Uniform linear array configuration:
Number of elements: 12
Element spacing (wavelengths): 0.5
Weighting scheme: blackman
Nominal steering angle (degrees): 45
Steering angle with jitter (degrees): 44.627
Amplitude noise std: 0.05
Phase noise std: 0.05

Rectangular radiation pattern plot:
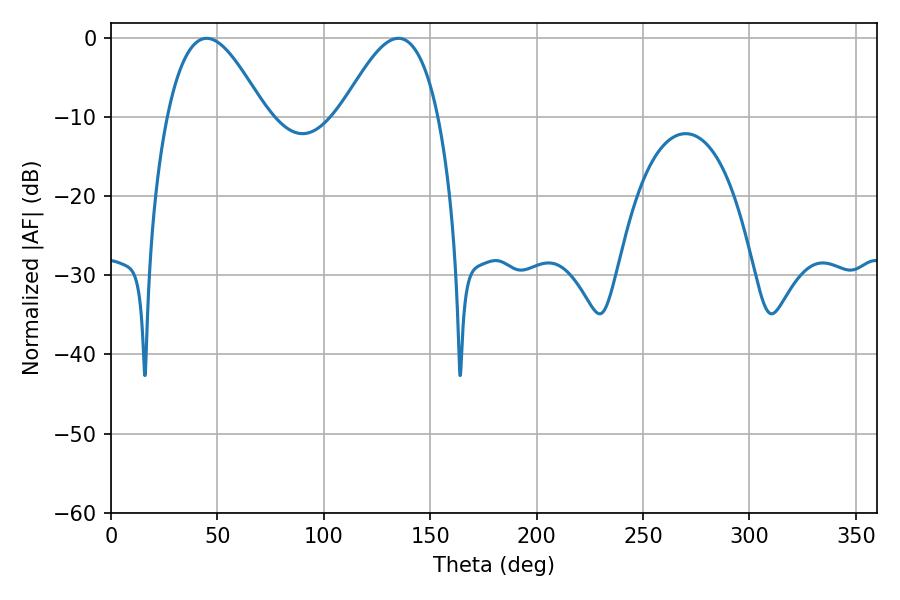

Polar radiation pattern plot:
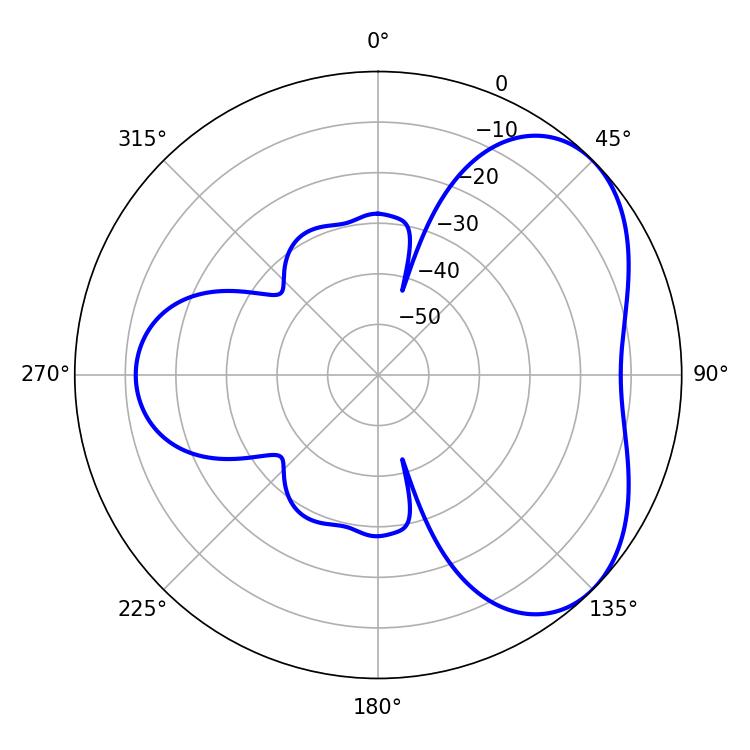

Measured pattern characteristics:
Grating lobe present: FALSE
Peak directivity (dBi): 4.641
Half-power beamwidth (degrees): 24.84
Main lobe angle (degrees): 45